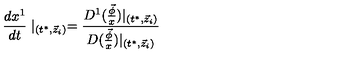
\frac { d x ^ { 1 } } { d t } \mid _ { ( t ^ { * } , \vec { z } _ { i } ) } = \frac { D ^ { 1 } ( \frac { \vec { \phi } } x ) | _ { ( t ^ { * } , \vec { z } _ { i } ) } } { D ( \frac { \vec { \phi } } x ) | _ { ( t ^ { * } , \vec { z } _ { i } ) } }